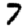
Digit: 7